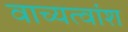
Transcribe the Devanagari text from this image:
वाच्यत्वांश